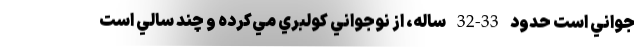
جواني است حدود 33-32 ساله، از نوجواني كولبري مي‌كرده و چند سالي است